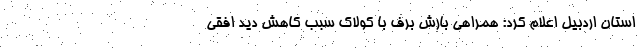
استان اردبیل اعلام کرد: همراهی بارش برف با کولاک سبب کاهش دید افقی